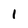
Character: 1